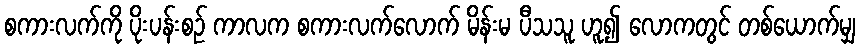
စကားလက်ကို ပိုးပန်းစဉ် ကာလက စကားလက်လောက် မိန်းမ ပီသသူ ဟူ၍ လောကတွင် တစ်ယောက်မျှ